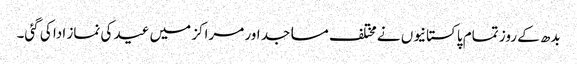
بدھ کے روز تمام پاکستانیوں نے مختلف مساجد اور مراکز میں عید کی نماز ادا کی گئی۔